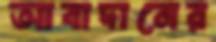
আবাদানের